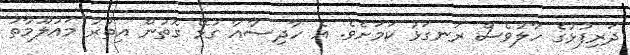
ދަރިފުޅުގެ ހާލުވެސް ރަަނގަޅު ކަމަށެވެ. އެ ހާދިސާއާ ގުޅޭ ގޮތުން އިތުރު މައުލޫމާތު